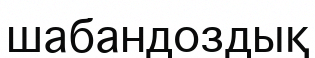
шабандоздық